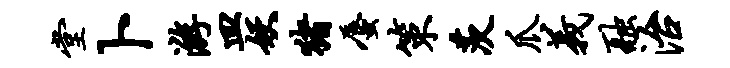
堂卜游皿妖猪蜃策茨爪义融治